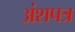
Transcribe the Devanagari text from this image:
अंशपत्र